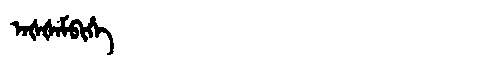
Manchu: ᠠᡧᡧᠠᠮᠪᡳᡥᡝ
Romanization: AŠŠAMBIHE